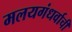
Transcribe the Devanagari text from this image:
मलयगंधर्वाची